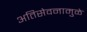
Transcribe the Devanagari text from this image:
अतिसेवनामुळे